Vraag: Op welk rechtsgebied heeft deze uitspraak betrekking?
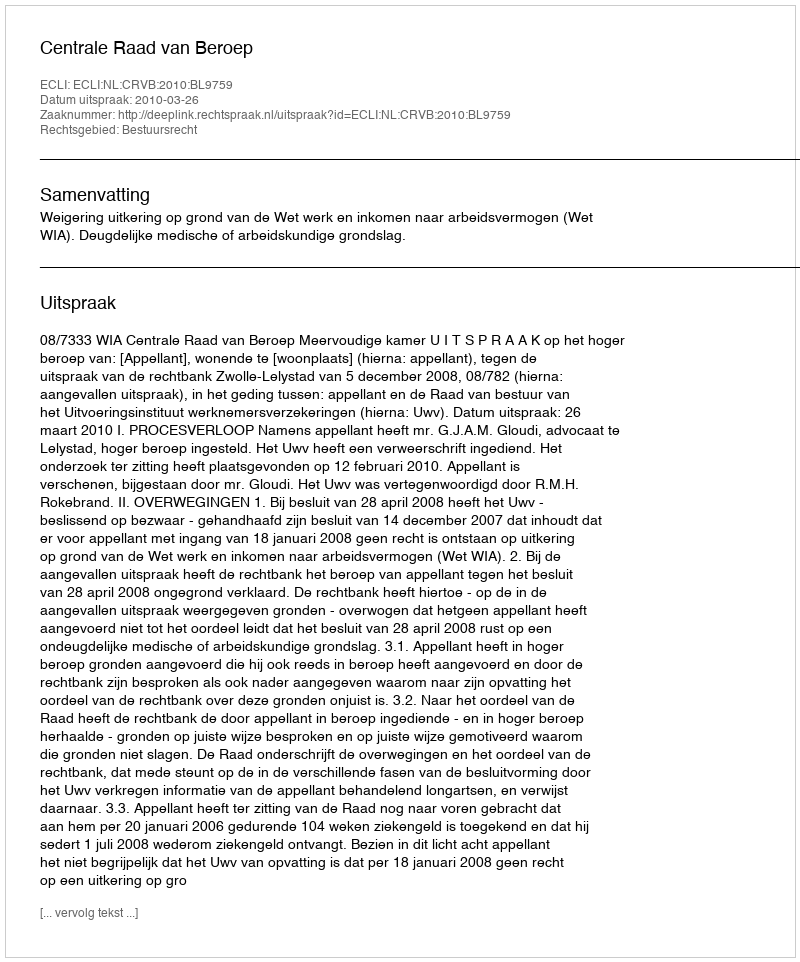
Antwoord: Bestuursrecht